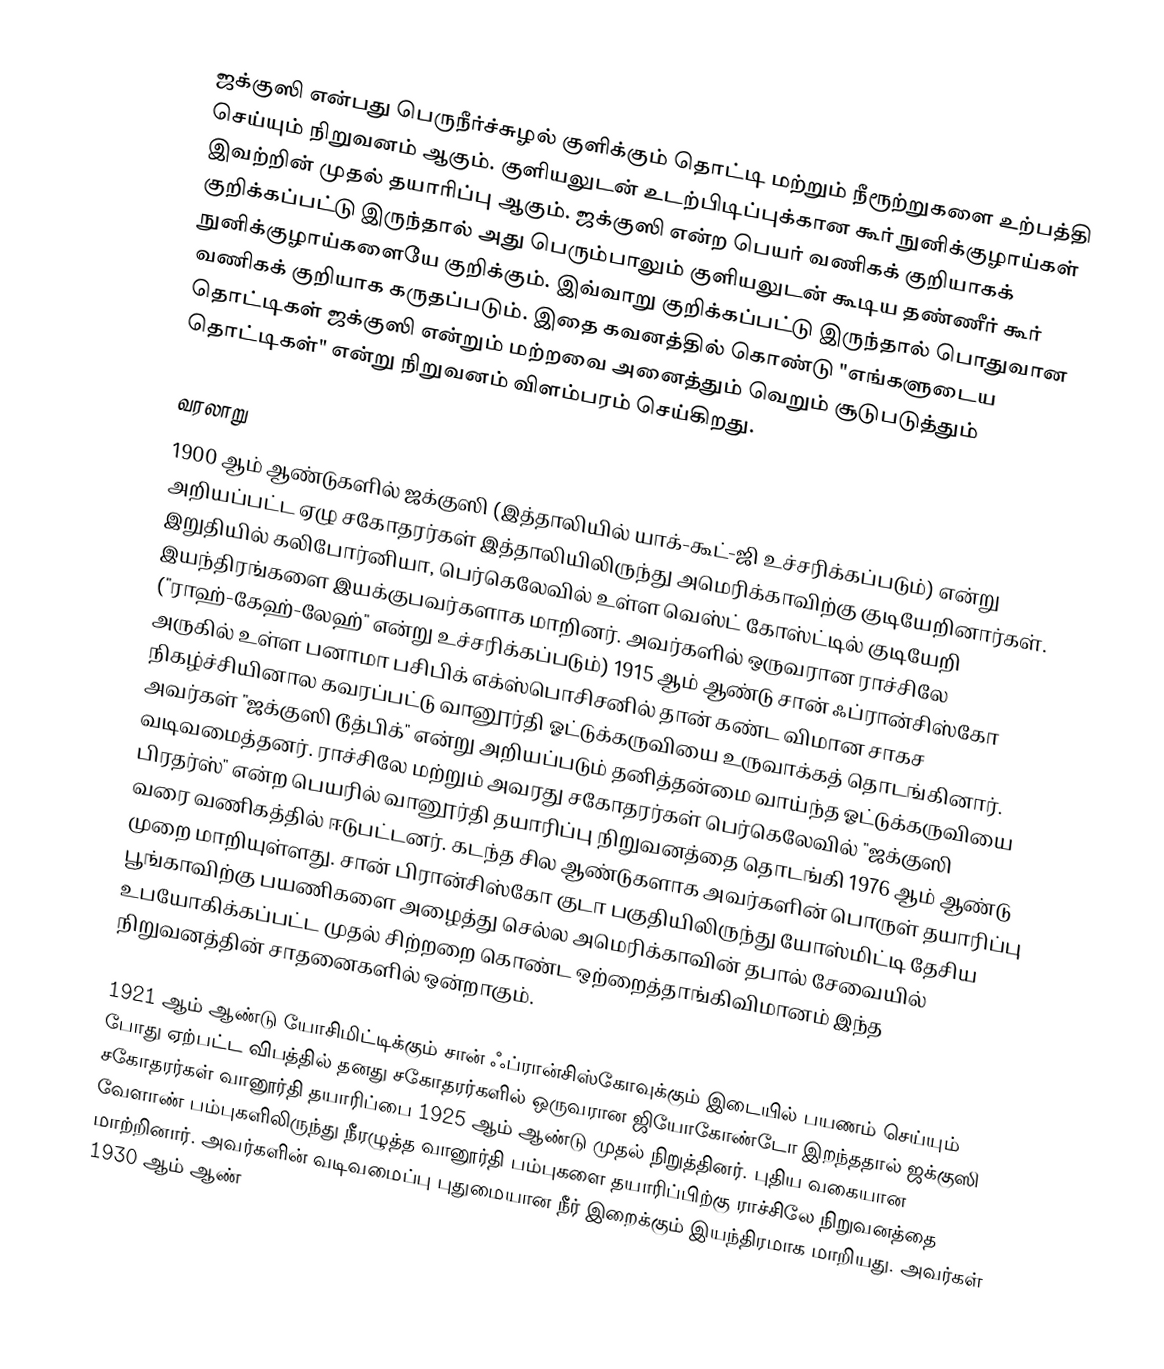
ஜக்குஸி என்பது பெருநீர்ச்சுழல் குளிக்கும் தொட்டி மற்றும் நீரூற்றுகளை உற்பத்தி செய்யும் நிறுவனம் ஆகும். குளியலுடன் உடற்பிடிப்புக்கான கூர் நுனிக்குழாய்கள் இவற்றின் முதல் தயாரிப்பு ஆகும். ஜக்குஸி என்ற பெயர் வணிகக் குறியாகக் குறிக்கப்பட்டு இருந்தால் அது பெரும்பாலும் குளியலுடன் கூடிய தண்ணீர் கூர் நுனிக்குழாய்களையே குறிக்கும். இவ்வாறு குறிக்கப்பட்டு இருந்தால் பொதுவான வணிகக் குறியாக கருதப்படும். இதை கவனத்தில் கொண்டு "எங்களுடைய தொட்டிகள் ஜக்குஸி என்றும் மற்றவை அனைத்தும் வெறும் சூடுபடுத்தும் தொட்டிகள்" என்று நிறுவனம் விளம்பரம் செய்கிறது.

வரலாறு
1900 ஆம் ஆண்டுகளில் ஜக்குஸி (இத்தாலியில் யாக்-கூட்-ஜி உச்சரிக்கப்படும்) என்று அறியப்பட்ட ஏழு சகோதரர்கள் இத்தாலியிலிருந்து அமெரிக்காவிற்கு குடியேறினார்கள். இறுதியில் கலிபோர்னியா, பெர்கெலேவில் உள்ள வெஸ்ட் கோஸ்ட்டில் குடியேறி இயந்திரங்களை இயக்குபவர்களாக மாறினர். அவர்களில் ஒருவரான ராச்சிலே ("ராஹ்-கேஹ்-லேஹ்" என்று உச்சரிக்கப்படும்) 1915 ஆம் ஆண்டு சான் ஃப்ரான்சிஸ்கோ அருகில் உள்ள பனாமா பசிபிக் எக்ஸ்பொசிசனில் தான் கண்ட விமான சாகச நிகழ்ச்சியினால கவரப்பட்டு வானூர்தி ஓட்டுக்கருவியை உருவாக்கத் தொடங்கினார். அவர்கள் "ஜக்குஸி டூத்பிக்" என்று அறியப்படும் தனித்தன்மை வாய்ந்த ஓட்டுக்கருவியை வடிவமைத்தனர். ராச்சிலே மற்றும் அவரது சகோதரர்கள் பெர்கெலேவில் "ஜக்குஸி பிரதர்ஸ்" என்ற பெயரில் வானூர்தி தயாரிப்பு நிறுவனத்தை தொடங்கி 1976 ஆம் ஆண்டு வரை வணிகத்தில் ஈடுபட்டனர். கடந்த சில ஆண்டுகளாக அவர்களின் பொருள் தயாரிப்பு முறை மாறியுள்ளது. சான் பிரான்சிஸ்கோ குடா பகுதியிலிருந்து யோஸ்மிட்டி தேசிய பூங்காவிற்கு பயணிகளை அழைத்து செல்ல அமெரிக்காவின் தபால் சேவையில் உபயோகிக்கப்பட்ட முதல் சிற்றறை கொண்ட ஒற்றைத்தாங்கிவிமானம் இந்த நிறுவனத்தின் சாதனைகளில் ஒன்றாகும்.

1921 ஆம் ஆண்டு யோசிமிட்டிக்கும் சான் ஃப்ரான்சிஸ்கோவுக்கும்  இடையில் பயணம் செய்யும் போது ஏற்பட்ட விபத்தில் தனது சகோதரர்களில் ஒருவரான ஜியோகோண்டோ இறந்ததால் ஜக்குஸி சகோதரர்கள் வானூர்தி தயாரிப்பை 1925 ஆம் ஆண்டு முதல் நிறுத்தினர். புதிய வகையான வேளாண் பம்புகளிலிருந்து நீரழுத்த வானூர்தி பம்புகளை தயாரிப்பிற்கு ராச்சிலே நிறுவனத்தை மாற்றினார். அவர்களின் வடிவமைப்பு புதுமையான நீர் இறைக்கும் இயந்திரமாக மாறியது. அவர்கள் 1930 ஆம் ஆண்